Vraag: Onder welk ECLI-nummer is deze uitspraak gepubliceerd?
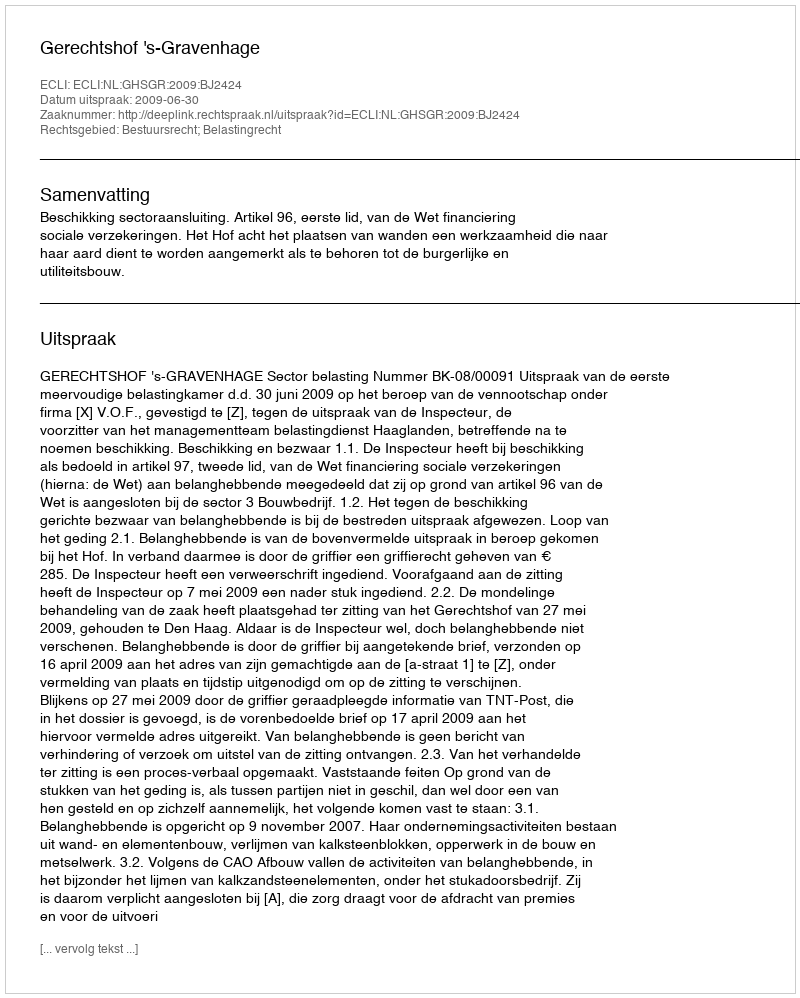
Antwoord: ECLI:NL:GHSGR:2009:BJ2424